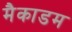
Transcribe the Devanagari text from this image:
मैकाडम